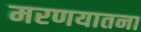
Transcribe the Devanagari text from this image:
मरणयातना